Report of the Indian Hemp Drugs Commission, 1894-1895 - Volume III
Year: 1894
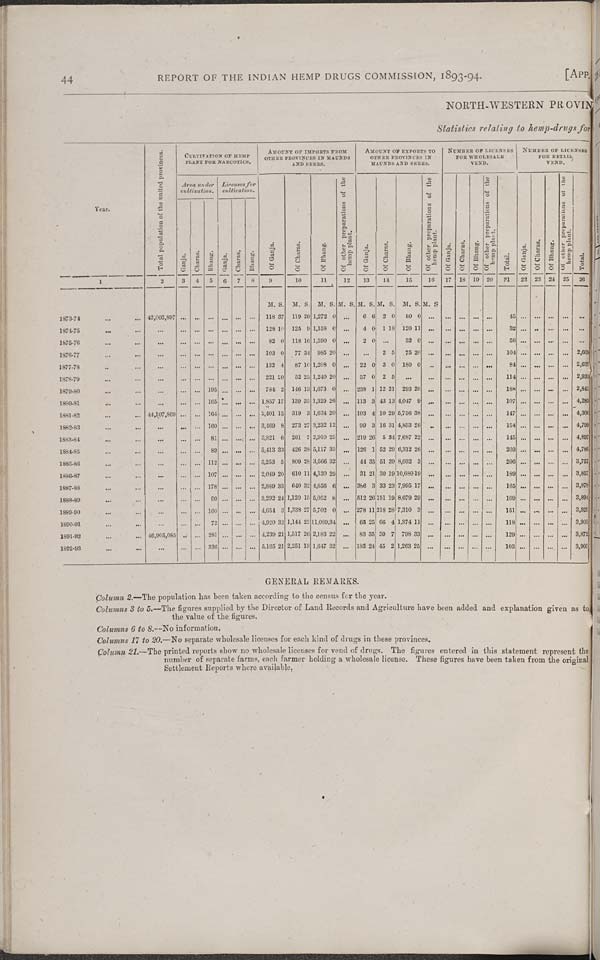
44
REPORT OF THE INDIAN HEMP DRUGS COMMISSION, 1893-94.
[APP.
NORTH-WESTERN PROVlN
Statistics relating to hemp-drugs for
Year.
Total population of the united provinces.
CULTIVATION OF HEMP PLANT FOR NARCOTICS.
AMOUNTS OF IMPORTS FROM
OTHER PROVINCES IN MAUNDS
AND SEERS.
AMOUNT OF EXPORTS TO
OTHER PROVINCES IN
MAUNDS AND SEERS.
NUMBER OF LICENSES
FOR WHOLESALE
VEND.
NUMBER OF LICENSE
FOR RETAIL
VEND.
Year.
Total population of the united provinces.
Area under
cultivation.
Licenses for
cultivation.
Of Ganja.
Of Charas.
Of Bhang.
Of other preparations of the
hemp plant.
Of Ganja.
Of Charas.
Of Bhang.
Of other preparations of the
hemp plant.
Of Ganja.
Of Charas.
Of Bhang.
Of other preparations of the
hemp plant.
Total.
Of Ganja.
Of Charas.
Of Bhang.
Of other preparations of the
hemp plant.
Total.
Year.
Total population of the united provinces.
Ganja.
Gharas.
Bhang.
Ganja.
Charas.
Bhang.
Of Ganja.
Of Charas.
Of Bhang.
Of other preparations of the
hemp plant.
Of Ganja.
Of Charas.
Of Bhang.
Of other preparations of the
hemp plant.
Of Ganja.
Of Charas.
Of Bhang.
Of other preparations of the
hemp plant.
Total.
Of Ganja.
Of Charas.
Of Bhang.
Of other preparations of the
hemp plant.
Total.
1
2
3
4
5 6
7
8
9
10
11
12
13
14
15
16
17
18
19
20
21
22 23 24 25 26
M. S. M. S. M. S. M. S. M. S. M. S. M. S. M. S.
1873-74
42,002,897
118 37 119 20 1,272 0
6 6 2 0
80 0
45
1874-75
128 10 125 9 1,158 0
4 0 1 18 120 11
32
1875-76
82 0 118 16 1,590 0
2 0
32 0
56
1876-77
103 0
77 34 985 20
2 5
75 20
104
2,60
1877-78
132 4
87 10 1,208 0
22 0 3 0 180 0
84
2,60
1878-79
221 20 52 25 1,240 20
57 0 2 5
114
2,63
1879-80
195
784 2 146 13 1,673 0
238 1 12 21 293 20
188
2,93
1880-81
165
1,857 17 139 35 1,329 26
113 3 43 13 4,047 9
107
4,28
1881-82
44,107,869
164
2,401 15 319 3 1,634 20
103 4 10 29 5,756 38
147
4,28
1882-83
160
3,469 8 273 27 3,232 12
99 3 16 31 4,853 26
154
4,36
1883-84
81
3,821 6 261 7 2,910 25
219 26 5 34 7,687 22
145
4,72
1884-85
89
5,413 33 426 38 5,117 35
126 1 52 29 6,312 26
203
4,72
1885-86
112
5,253 5 809 28 3,566 32
44 35 51 39 8,032 3
206
3,75
1886-87
107
2,049 20 610 11 4,130 29
31 21 30 19 10,680 19
189
3,85
1887-88
178
2,889 33 640 32 4,656 6
386 3 33 23 7,995 17
165
3,87
1888-89
90
3,292 24 1,120 15 5,052 8
512 26 151 19 8,679 29
169
3,80
1889-90
160
4,654 3 1,338 27 5,702 0
278 11 218 28 7,310 3
151
3,92
1890-91
72
4,920 32 1,144 22 11,089 34
65 25 66 4 1,374 11
118
3,90
1891-92
46,905,085
281
4,239 21 1,517 26 2,183 22
83 35 30 7 798 33
129
3,872
1892-93
336
5,165 21 2,251 13 1,647 32
183 24 45 2 1,263 25
103
3,905
GENERAL REMARKS.
Column 2.—The population has been taken according to the census for the year.
Columns 3 to 5.—The figures supplied by the Director of Land Records and Agriculture have been added and explanation given as to
the value of the figures.
Columns 6 to 8.—No information.
Columns 17 to 20.—No separate wholesale licenses for each kind of drugs in these provinces.
Column 21.—The printed reports show no wholesale licenses for vend of drugs. The figures entered in this statement represent the
number of separate farms, each farmer holding a wholesale license. These figures have been taken from the original
Settlement Reports where available.